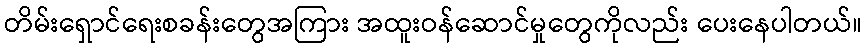
တိမ်းရှောင်ရေးစခန်းတွေအကြား အထူးဝန်ဆောင်မှုတွေကိုလည်း ပေးနေပါတယ်။